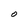
Character: O